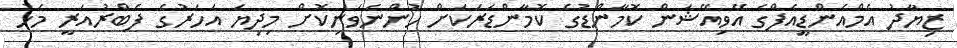
ޒިޔާދު އެމްއެންޑީއެފްގެ އޭވިއޭޝަން ކޮމާންޑުުގެ ކޮމާންޑަރަކަށް ހުންނަވަނިކޮށް މިިދިޔަ އަހަރުގެ ފެބްރުއަރީ މަހު